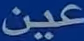
عين